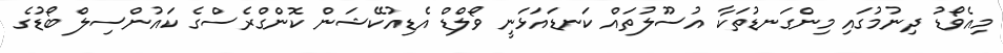
މިއެވޯޑު ދިނުމުގައި މިންގަނޑުތަކާ އުސޫލުތައް ކަނޑައަޅަނީ ވޯލްޑް އެޑިއުކޭޝަން ކޮންގްރެސްގެ ކައުންސިލް ބޯޑުގެ